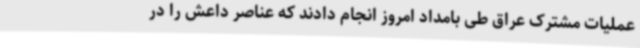
عملیات مشترک عراق طی بامداد امروز انجام دادند که عناصر داعش را در